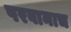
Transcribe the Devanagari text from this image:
परवानाच